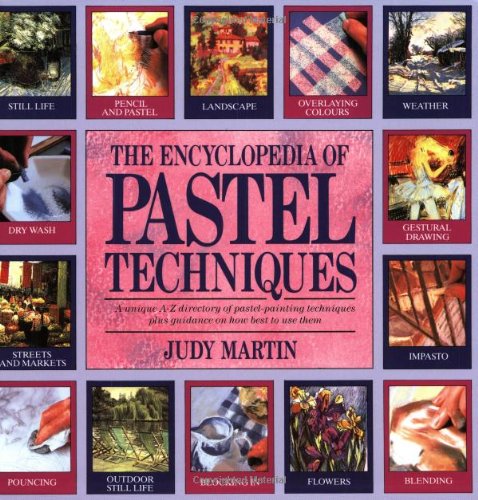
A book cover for The Encyclopedia of Pastel Techniques: A Unique A-Z Directory of Pastel-Painting Techniques Plus Guidance on How Best to Use Them; Judy Martin; Arts & Photography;